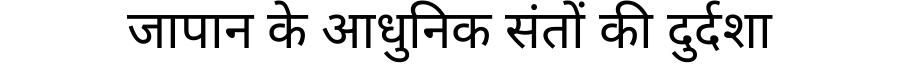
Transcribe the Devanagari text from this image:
जापान के आधुनिक संतों की दुर्दशा